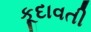
કૂદાવતી